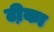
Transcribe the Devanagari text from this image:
टी़का